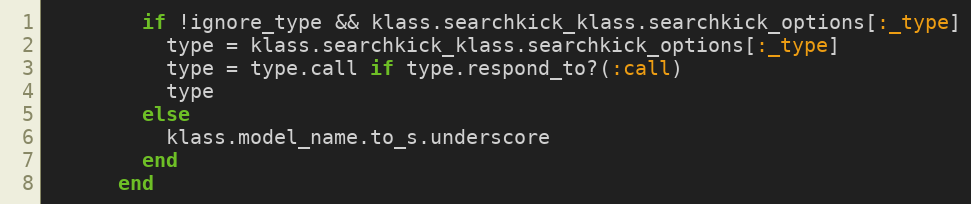
Language: Ruby
        if !ignore_type && klass.searchkick_klass.searchkick_options[:_type]
          type = klass.searchkick_klass.searchkick_options[:_type]
          type = type.call if type.respond_to?(:call)
          type
        else
          klass.model_name.to_s.underscore
        end
      end